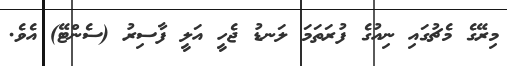
މިރޭގެ މެޗުގައި ނިއުގެ ފުރަތަމަ ލަނޑު ޖެހީ އަލީ ފާސިރު (ސެންޓޭ) އެވެ.